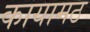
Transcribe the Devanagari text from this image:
कायामठ